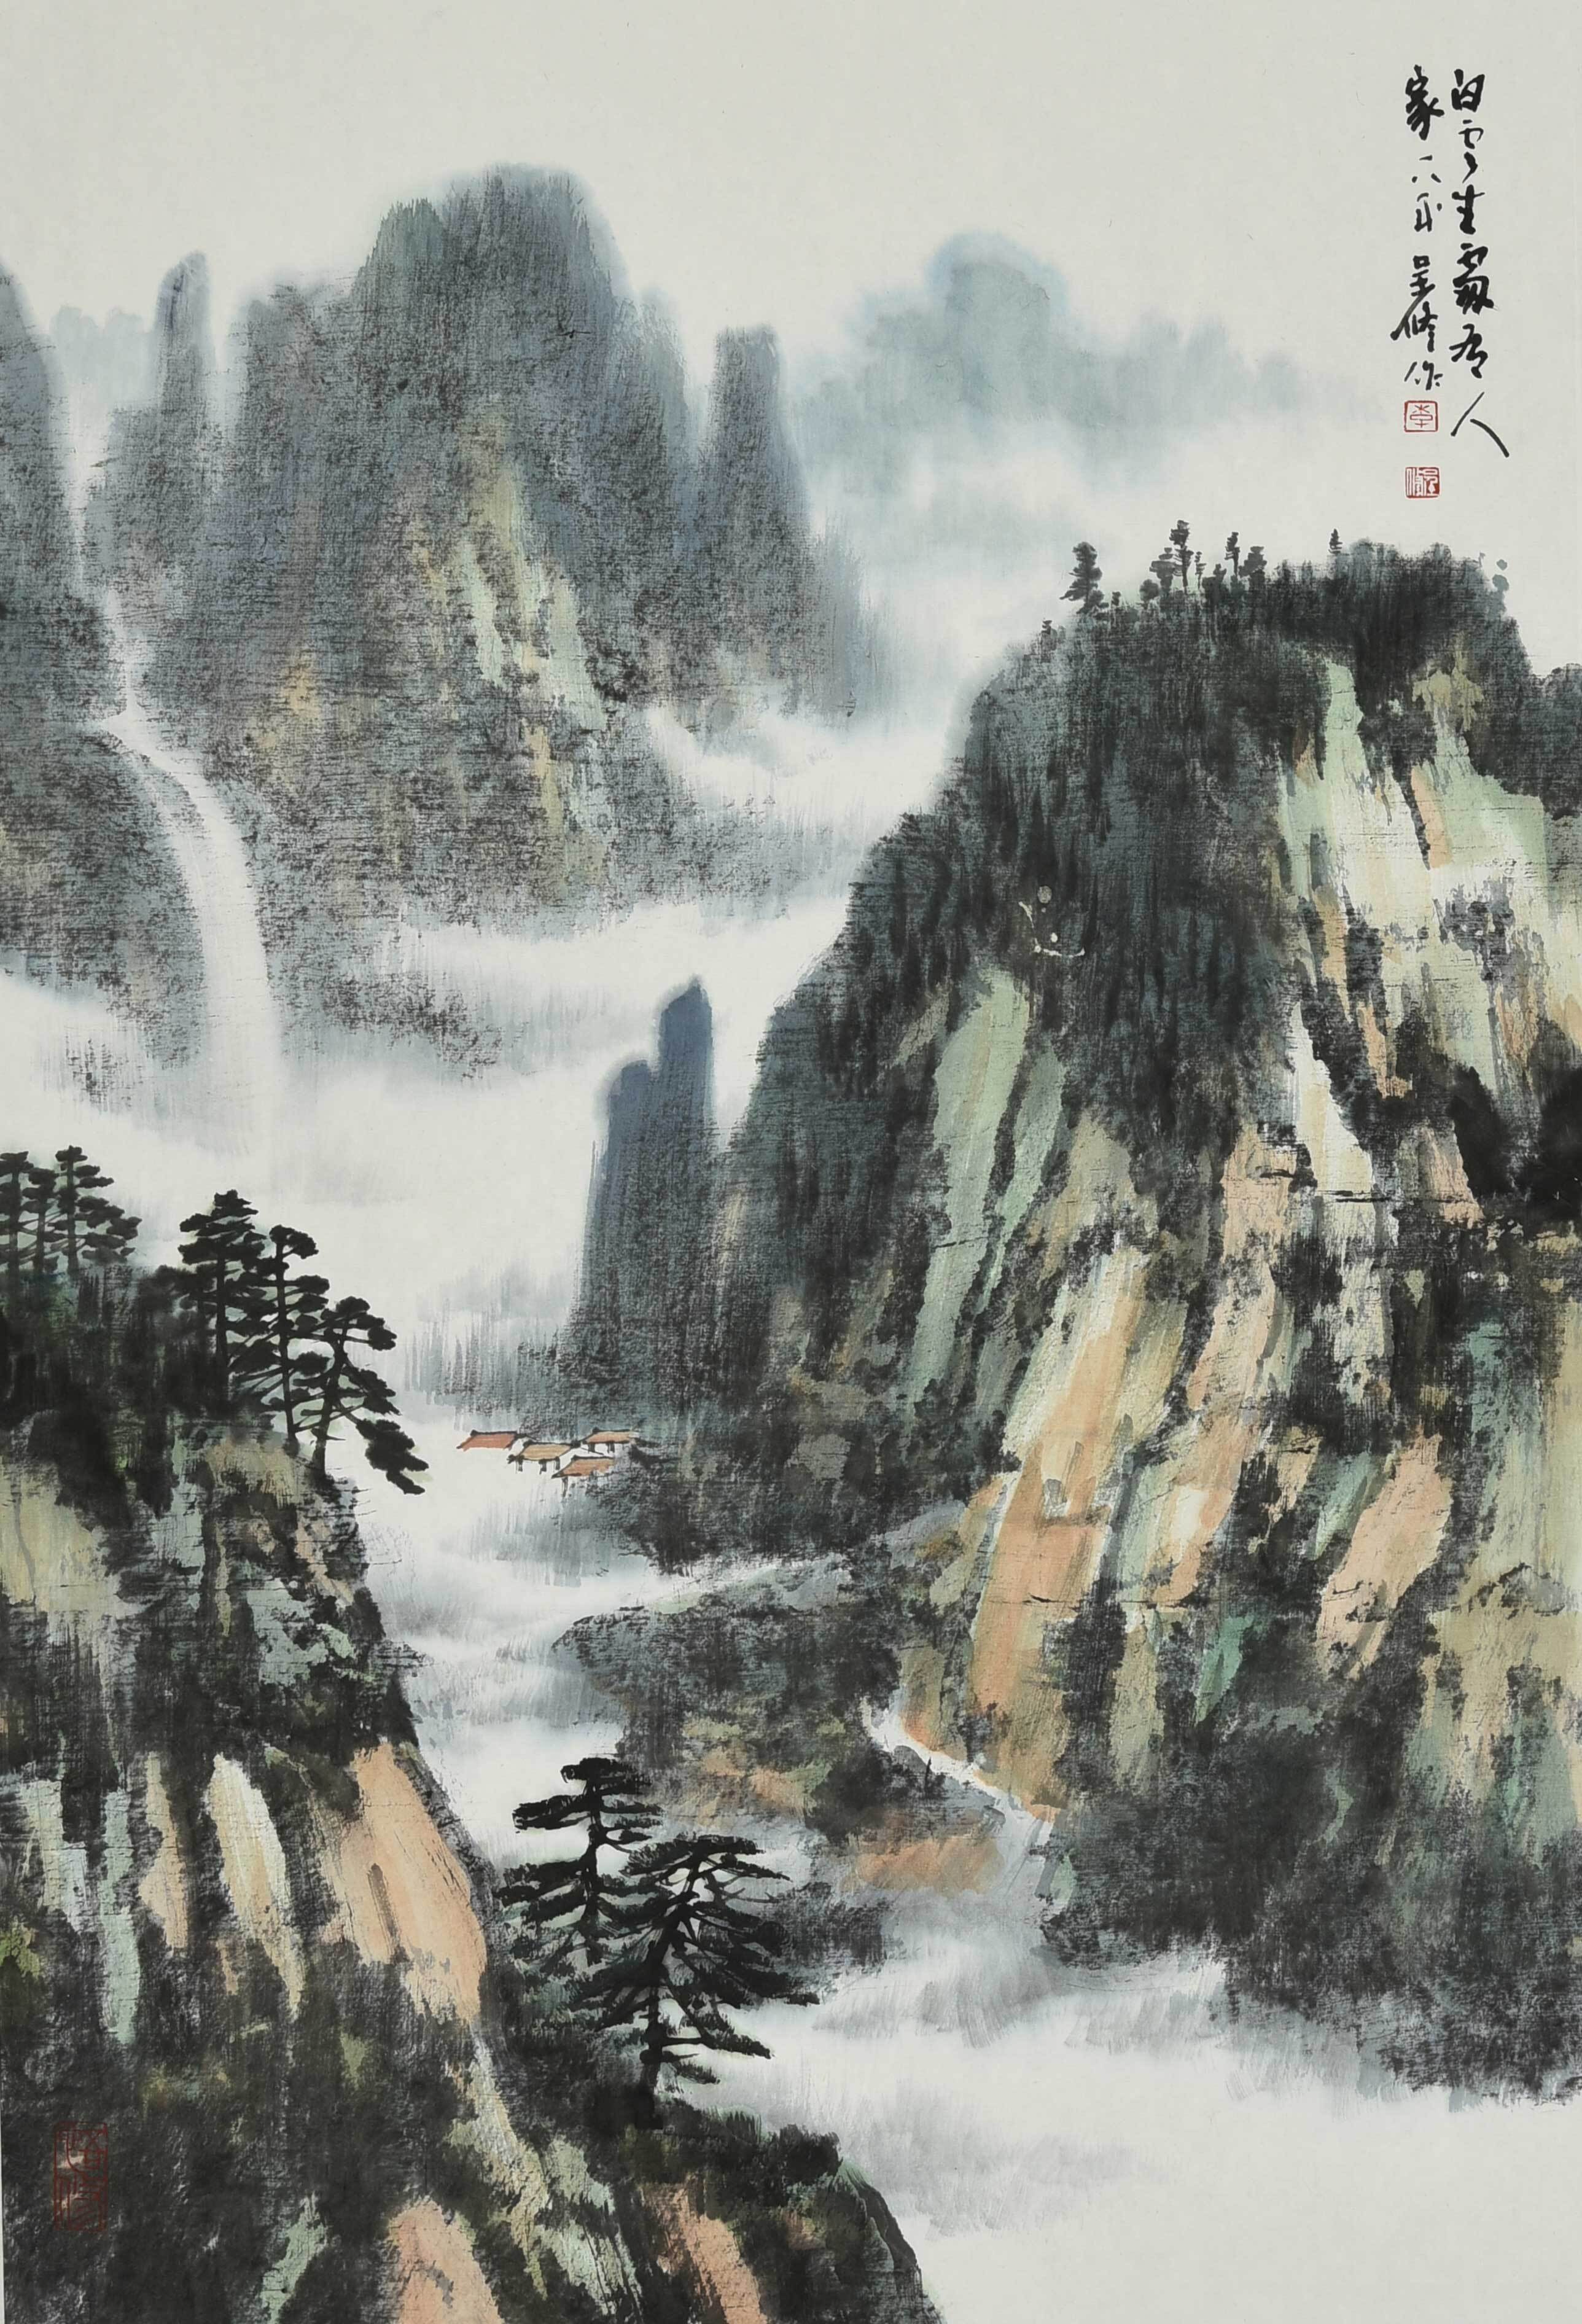
远上寒山石径斜，白云生处有人家。